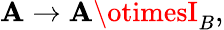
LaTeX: \mathbf{A}\rightarrow\mathbf{A}\otimesI_{B},